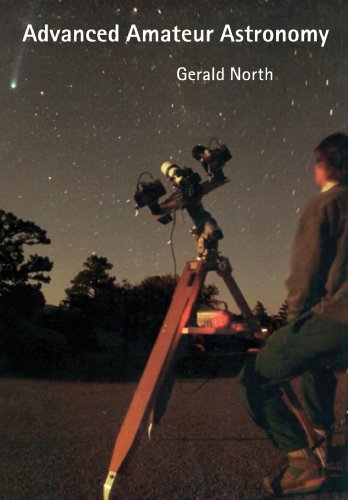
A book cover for Advanced Amateur Astronomy; Gerald North; Science & Math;